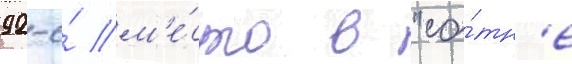
92-е́ м'е́сто в "со́тн'е